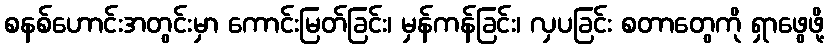
စနစ်ဟောင်းအတွင်းမှာ ကောင်းမြတ်ခြင်း၊ မှန်ကန်ခြင်း၊ လှပခြင်း စတာတွေကို ရှာဖွေဖို့